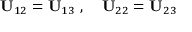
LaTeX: { \bf U } _ { 1 2 } = { \bf U } _ { 1 3 } \ , \quad { \bf U } _ { 2 2 } = { \bf U } _ { 2 3 } \quad